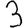
Digit: 3